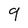
Character: 9